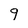
Character: 9